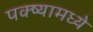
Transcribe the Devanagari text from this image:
पक्ष्यामध्ये